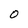
Character: O